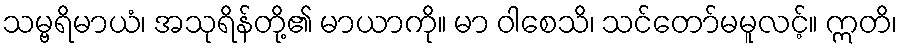
သမ္ဗရိမာယံ၊ အသုရိန်တို့၏ မာယာကို။ မာ ဝါစေသိ၊ သင်တော်မမူလင့်။ ဣတိ၊